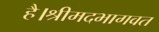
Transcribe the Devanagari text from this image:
है।श्रीमदभागवत